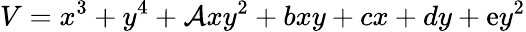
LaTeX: V=x^{3}+y^{4}+\mathcal{A}xy^{2}+bxy+cx+dy+\mathrm{e}y^{2}